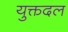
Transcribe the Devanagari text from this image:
युक्तदल